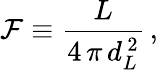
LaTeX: {\cal F}\equiv\frac{L}{4\, \pi\, d_{L}^{\, 2}}\, ,